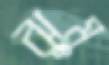
ঝুমু